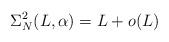
LaTeX: \begin{align*} \Sigma_N^2(L,\alpha)=L+o(L)\end{align*}